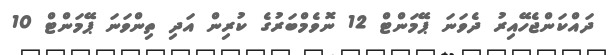
ދައްކަންޖެހޭއިރު ދެވަނަ ޕޭމަންޓް 12 ނޮވެމްބަރުގެ ކުރިން އަދި ތިންވަނަ ޕޭމަންޓް 10